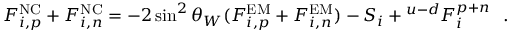
F _ { i , p } ^ { \mathrm { N C } } + F _ { i , n } ^ { \mathrm { N C } } = - 2 \sin ^ { 2 } \theta _ { W } ( F _ { i , p } ^ { \mathrm { E M } } + F _ { i , n } ^ { \mathrm { E M } } ) - S _ { i } + { } ^ { u - d } F _ { i } ^ { p + n } ~ ~ .